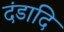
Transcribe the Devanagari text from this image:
दंडादि